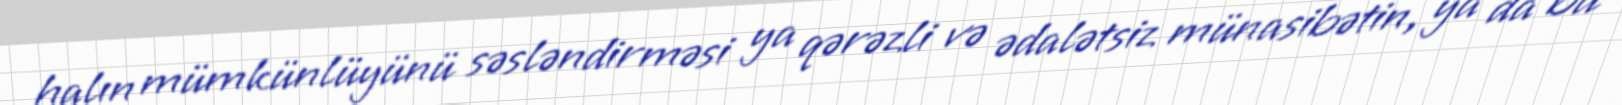
halın mümkünlüyünü səsləndirməsi ya qərəzli və ədalətsiz münasibətin, ya da bu